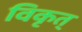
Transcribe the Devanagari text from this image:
विकृत्